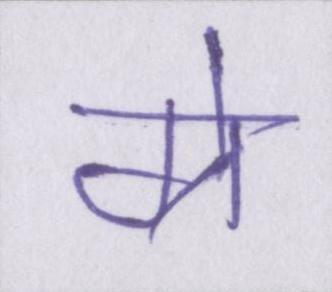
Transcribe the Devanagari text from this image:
ग्रे